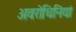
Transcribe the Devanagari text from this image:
अवरोधिनियां